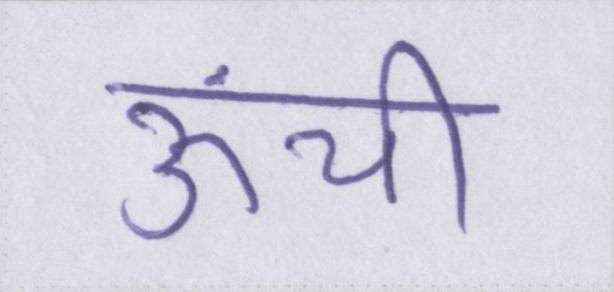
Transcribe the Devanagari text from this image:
ऊंची